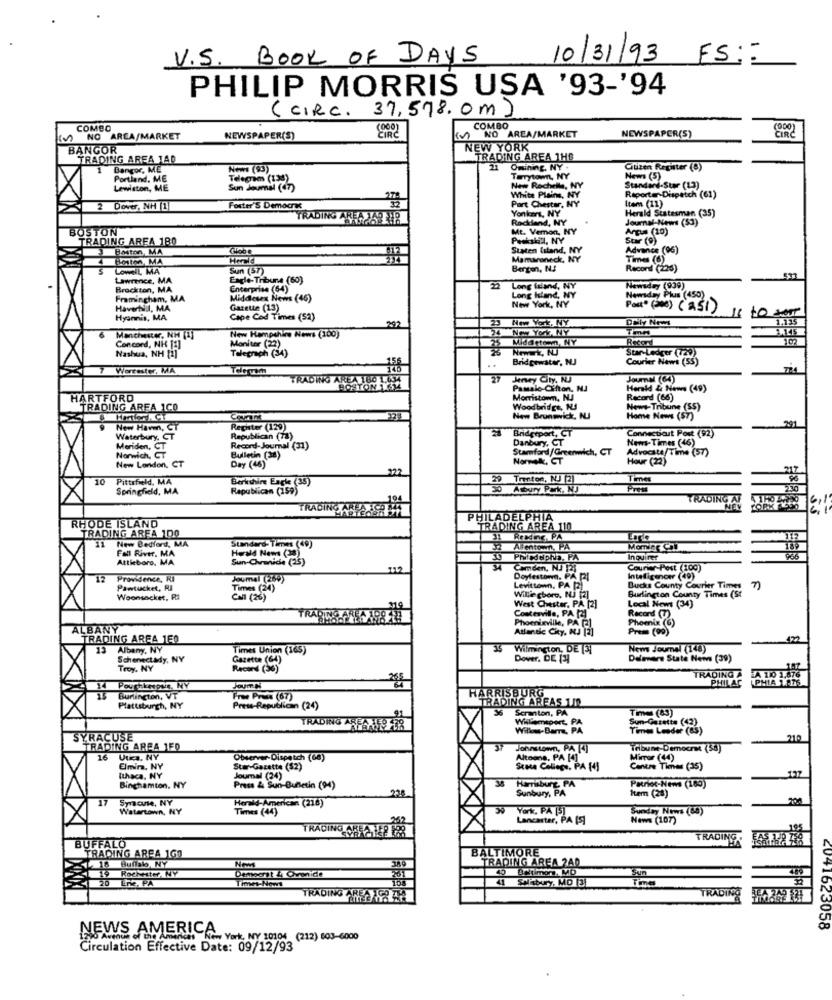
V.S. BOOK OF DAYS
10/31/93 FS ::
PHILIP MORRIS USA '93-'94
( CIRC. 37,578.0m )
COMBO
COMBO
NEWSPAPER(S)
(000)
NO ARLA/MARKET
NEWSPAPER(S)
(v) NO AREA/MARKET
CIRC
BANGOR
NEW YORK
TRADING AREA 1AD
TRADING AREA 1HS
Bangor, ME
News (93)
21
Omining, NY .
Citizen Register (8)
Portland, ME
Telegram (139)
Tarrytom, NY
News (5)
Lewiston, ME
Sun Soumal (67)
New Rochelle, NY
Standard-Star (13)
White Plains, NY
Part Chester, NY
Items (11)
Reporter-Dispatch (61)
2 Dover, NH [1]
Foster'S Democras
Yonkers, NY
Rockland, NY
Journal-News (53)
Herald Statesman (35)
BOSTON
Mt. Vemon, NY
Argus (10)
TRADING AREA 180
Sur (9)
Boston, MA
Staten Island, NY
Advance (06)
Boten, MA
Harald
Mamaroneck, NY
Time (6)
LoweIL, MA
Sun (57)
Bergen, NJ
Record (226)
Lawrence, MA
Eagle-Tribune (60)
Brockton, MA
Enterprise (64)
22
Long island, NY
Newsday (939)
Framingham, MA
Middlesex News (46)
Long Island, NY
New York, NY
Newsday Plus (450)
Haverhil, MA
Garette (13)
Post (308) ( 251)
Hyannis, MA
Cape Cod Times (52)
702
23 Noww York, NY
Daily News
1.135
24
New York, NY
Manchester, NH [1]
New Hampshire News (100)
Monitor (22)
Record
Concord, NH [1]
Star-Ledger (729)
Nashua, NH [1]
Telegraph (34)
156
Bridgewater, NJ
Courier News (55)
Worcester, MA
Toleram
TRADING AREA 160 1.034
27
Jeney City, NJ
Journal (64)
HOSTON 16M
Pastale-Cifton, NJ
Herald & News (49)
HARTFORD
Morristown, N.J
Record (66)
TRADING ARFA 1CO
Woodbridge, NJ
News-Tribune (SS)
New Brunswick, NUI
Home News (57)
-
New Haven, CT
Register (129)
Bridgeport, CT
Connecticut Post (92)
Waterbury, CT
Republican (78)
Danbury, CT
News-Times (46)
Meriden, CT
Norwich, CT
Record-Journal (31)
Stamford /Greenwich, CT
Advocate/Time (57)
Bulletin (38)
Day (46)
Hour (22)
New London, CT
922
10
Pittsfield, MA
Berkshire Engle (35)
29 Trenton, NJ (2)
Time
Springfield, MA
Republican (159)
30 Asbury Park, NJ
Prest
230
19
TRADING AF
TRADING ARLA ICA
RHODE ISLAND
PHILADELPHIA
TRADING AREA 100
`TRADING AREA 110
New Bedford, MA
Standard- Times (49)
Reading, PA
112
Fall River. MA
Herald Nem (38)
Alentown, PA
Momine Chil
186
Attleboro, MA
Sun-Chronicse (25)
50
Inquirer
Camden, NJ 121
Courier-Post (100)
12
Providence, RI
Joumal (269)
Doylestown. PA 2I
Intelligencer (49)
Pawtucket, Ri
Times (24)
Levittown, PA [2)
Bucks County Courier Times
Burlington County Times (St
Woonsocket, Ri
Call (26)
Willie choro, NU [2]
West Chester, PA [2]
Local News (34)
TRADING CHEGARSELE
Contesville, PA [2]
Phoenix (6)
Record (7)
ALBANY
Atlantic City, NJ [2]
Phoenleville, PA [2]
Prem (90)
TRADING AREA 1F0
Albany, NY
Times Union (165)
Wilmington, DE [3]
News Journal (148)
Schenectady, NY
Gazette (64)
Dover, DE [3]
Delewere State News (39)
Troy, NY
Record (36)
A 110 1.876
265
TRADING A
PHILAC
PHIA 1.816
JOUIT N
ISBURG
Burlington, VT
Free Prata (67)
TRADING AREAS 1/0
Plattsburgh, NY
Press-Republican (24)
Scranton, PA
Time (83)
Willemsport, PA
Sun-Gazette (42)
TRADING ARFAXESER
Wilkow-Barre, PA
Times Leader (65)
SYRACUSE
210
TRADING AREA 1F0
Johnstown, PA [4]
Télbune-Democrat (58)
16
Utes, NY
Observer-Dispatch (68)
Altoons, PA [4]
Mirror (44)
Elmira, NY
Sur-Gazette ($2)
Stoca College, PA [4
Centre Times (35)
197
Ithaca. NY
Journal (24)
Hamburg, PA
Binghamton. NY
Press & Sun-Bulletin (94)
234
Sunbury, PA
tem (28)
Patroc-News (180)
17
Watertown, NY
Herald-American (218)
Times (44)
York, PA [5]
Sunday News (88)
Lancaster, PA [S]
News (107)
TRADING CHEA WEP PES
BUFFALO
TRADING
BALTIMORE
TRADING AREA 160
Buffab NY
TRADING AREA 240
19
Rochester. NY
#timon. MD
Lire, PA
Demacht & Chronide
Times-Novs
41 Salisbury, MD [3]
TRADING AREA
108
TRADING
NEWS AMERICA
V+1623058
10 Avenue of the American
New York, NY 10104 (212) 603-6000
Circulation Effective Date: 09/12/93